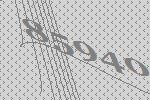
85940